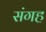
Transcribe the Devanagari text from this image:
संगह